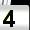
Digit: 4